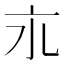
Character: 𬽃